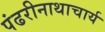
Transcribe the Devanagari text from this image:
पंढरीनाथाचार्य